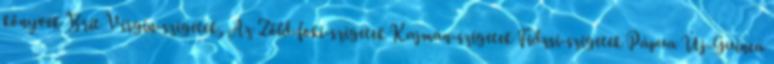
könyvek Brit Virgin-szigetek, Az Zöld-foki-szigetek Kajmán-szigetek Fidzsi-szigetek Pápua Új-Guinea